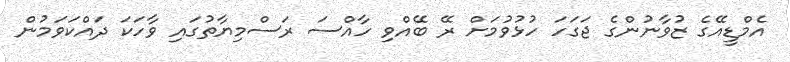
އެމްޑީއޭގެ ޒުވާނުންގެ ޖަގަހަ ހުޅުވުމަށް ރޭ ބޭއްވި ހާއްސަ ރަސްމިޔާތުގައި ވާހަކަ ދައްކަވަމުން